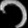
Digit: ၁